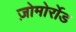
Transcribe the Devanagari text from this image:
ज़ोमोर्रोड